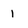
Character: 1